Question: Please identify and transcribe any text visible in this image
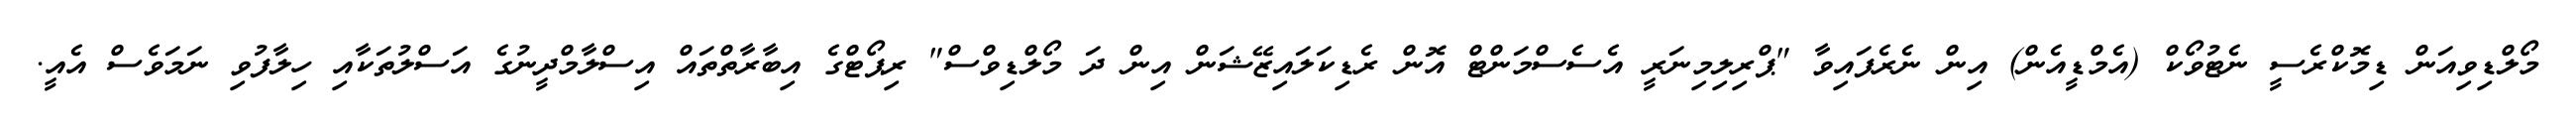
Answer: މޯލްޑިވިއަން ޑިމޮކްރެސީ ނެޓުވޯކް (އެމްޑީއެން) އިން ނެރެފައިވާ "ޕްރިލިމިނަރީ އެސެސްމަންޓް އޮން ރެޑިކަލައިޒޭޝަން އިން ދަ މޯލްޑިވްސް" ރިޕޯޓްގެ އިބާރާތްތައް އިސްލާމްދީނުގެ އަސްލުތަކާއި ހިލާފުވި ނަމަވެސް އެއީ.